Juri_Uluots, lk 12
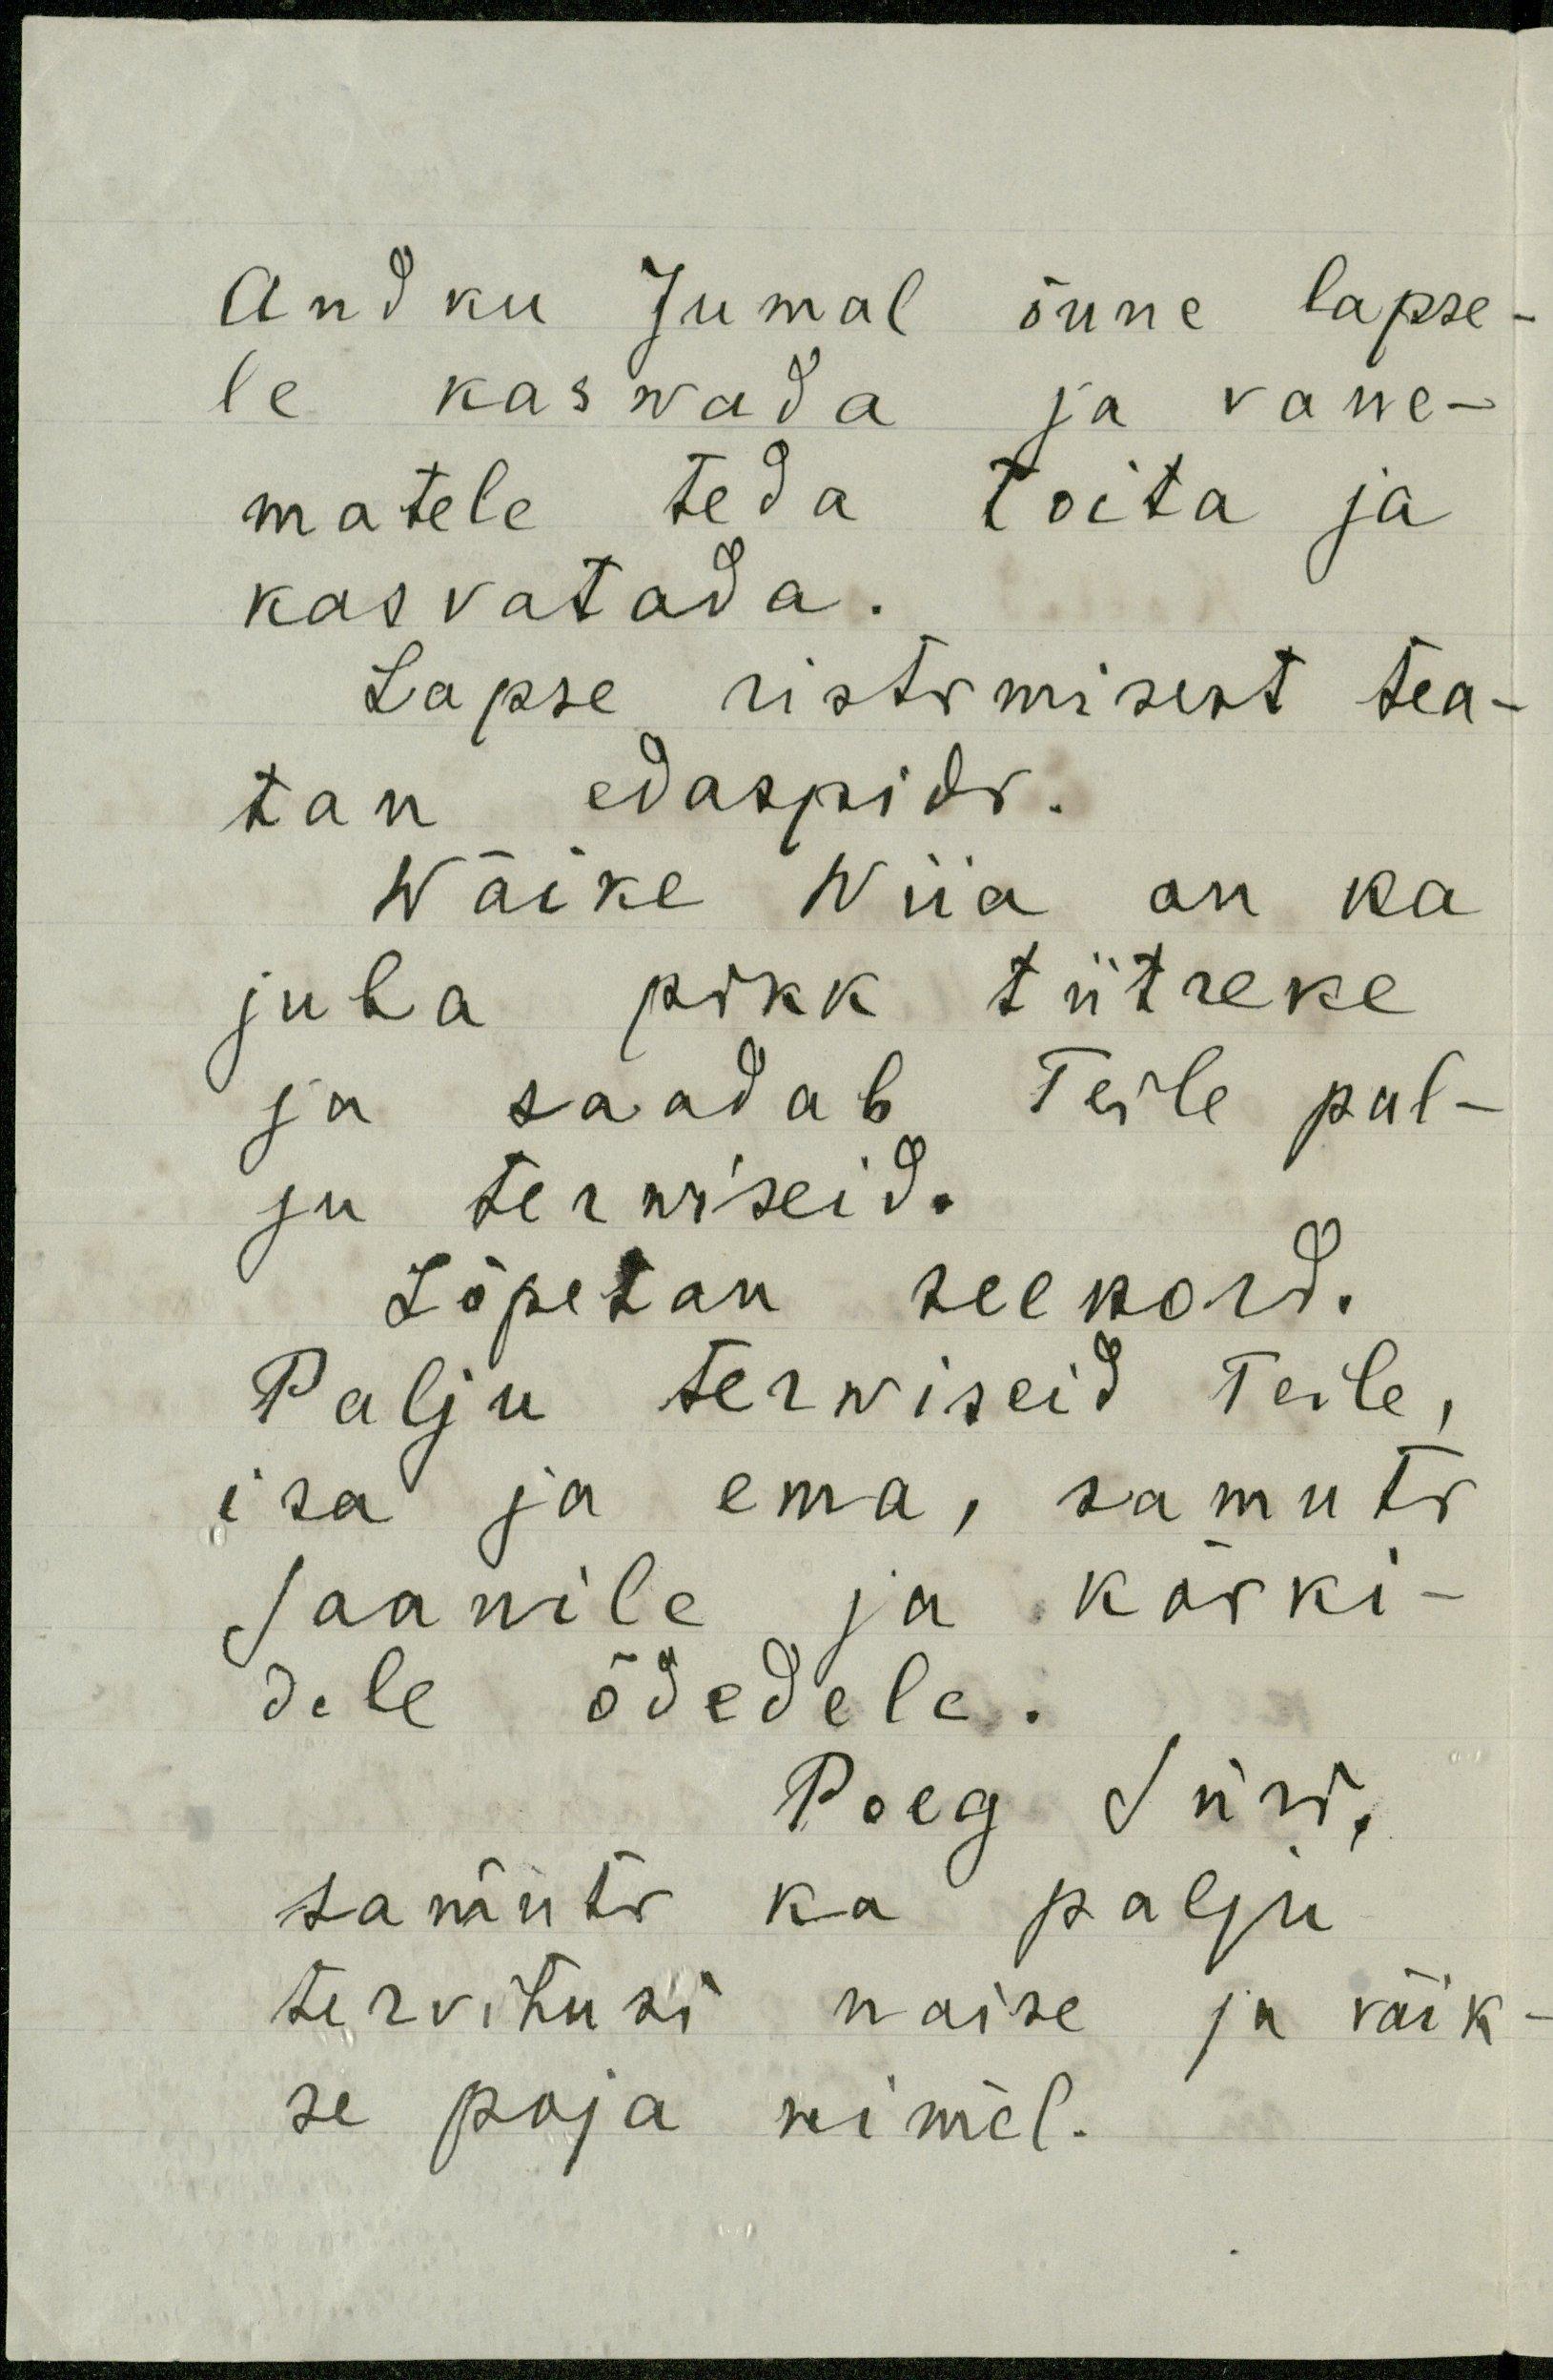
Andku Jumal õnne lapse-
le kaswada ja vane-
matele teda toita ja
kasvatada.
Lapse ristimisest tea-
tan edaspidi.
Wäike Wiia on ka
juba pikk tütreke
ja saadab Teile pal-
ju terwiseid.
Lõpetan seekord.
Palju terwiseid Teile,
isa ja ema, samuti
Jaanile ja kõiki-
dele õdedele.
Poeg Jüri,
samuti ka palju
tervitusi naise ja väik-
se poja nimel.